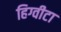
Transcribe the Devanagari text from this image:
हिग्वीटा